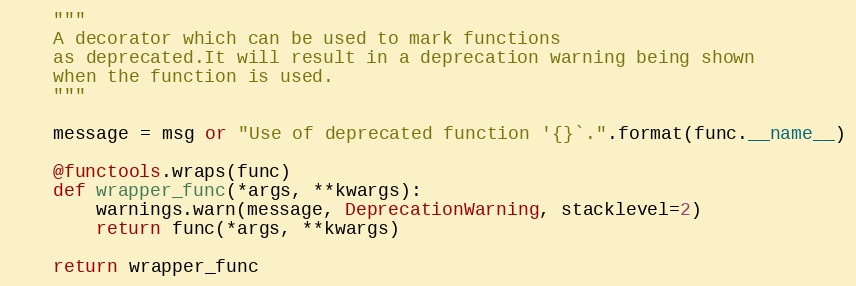
Language: Python
    """
    A decorator which can be used to mark functions
    as deprecated.It will result in a deprecation warning being shown
    when the function is used.
    """

    message = msg or "Use of deprecated function '{}`.".format(func.__name__)

    @functools.wraps(func)
    def wrapper_func(*args, **kwargs):
        warnings.warn(message, DeprecationWarning, stacklevel=2)
        return func(*args, **kwargs)

    return wrapper_func